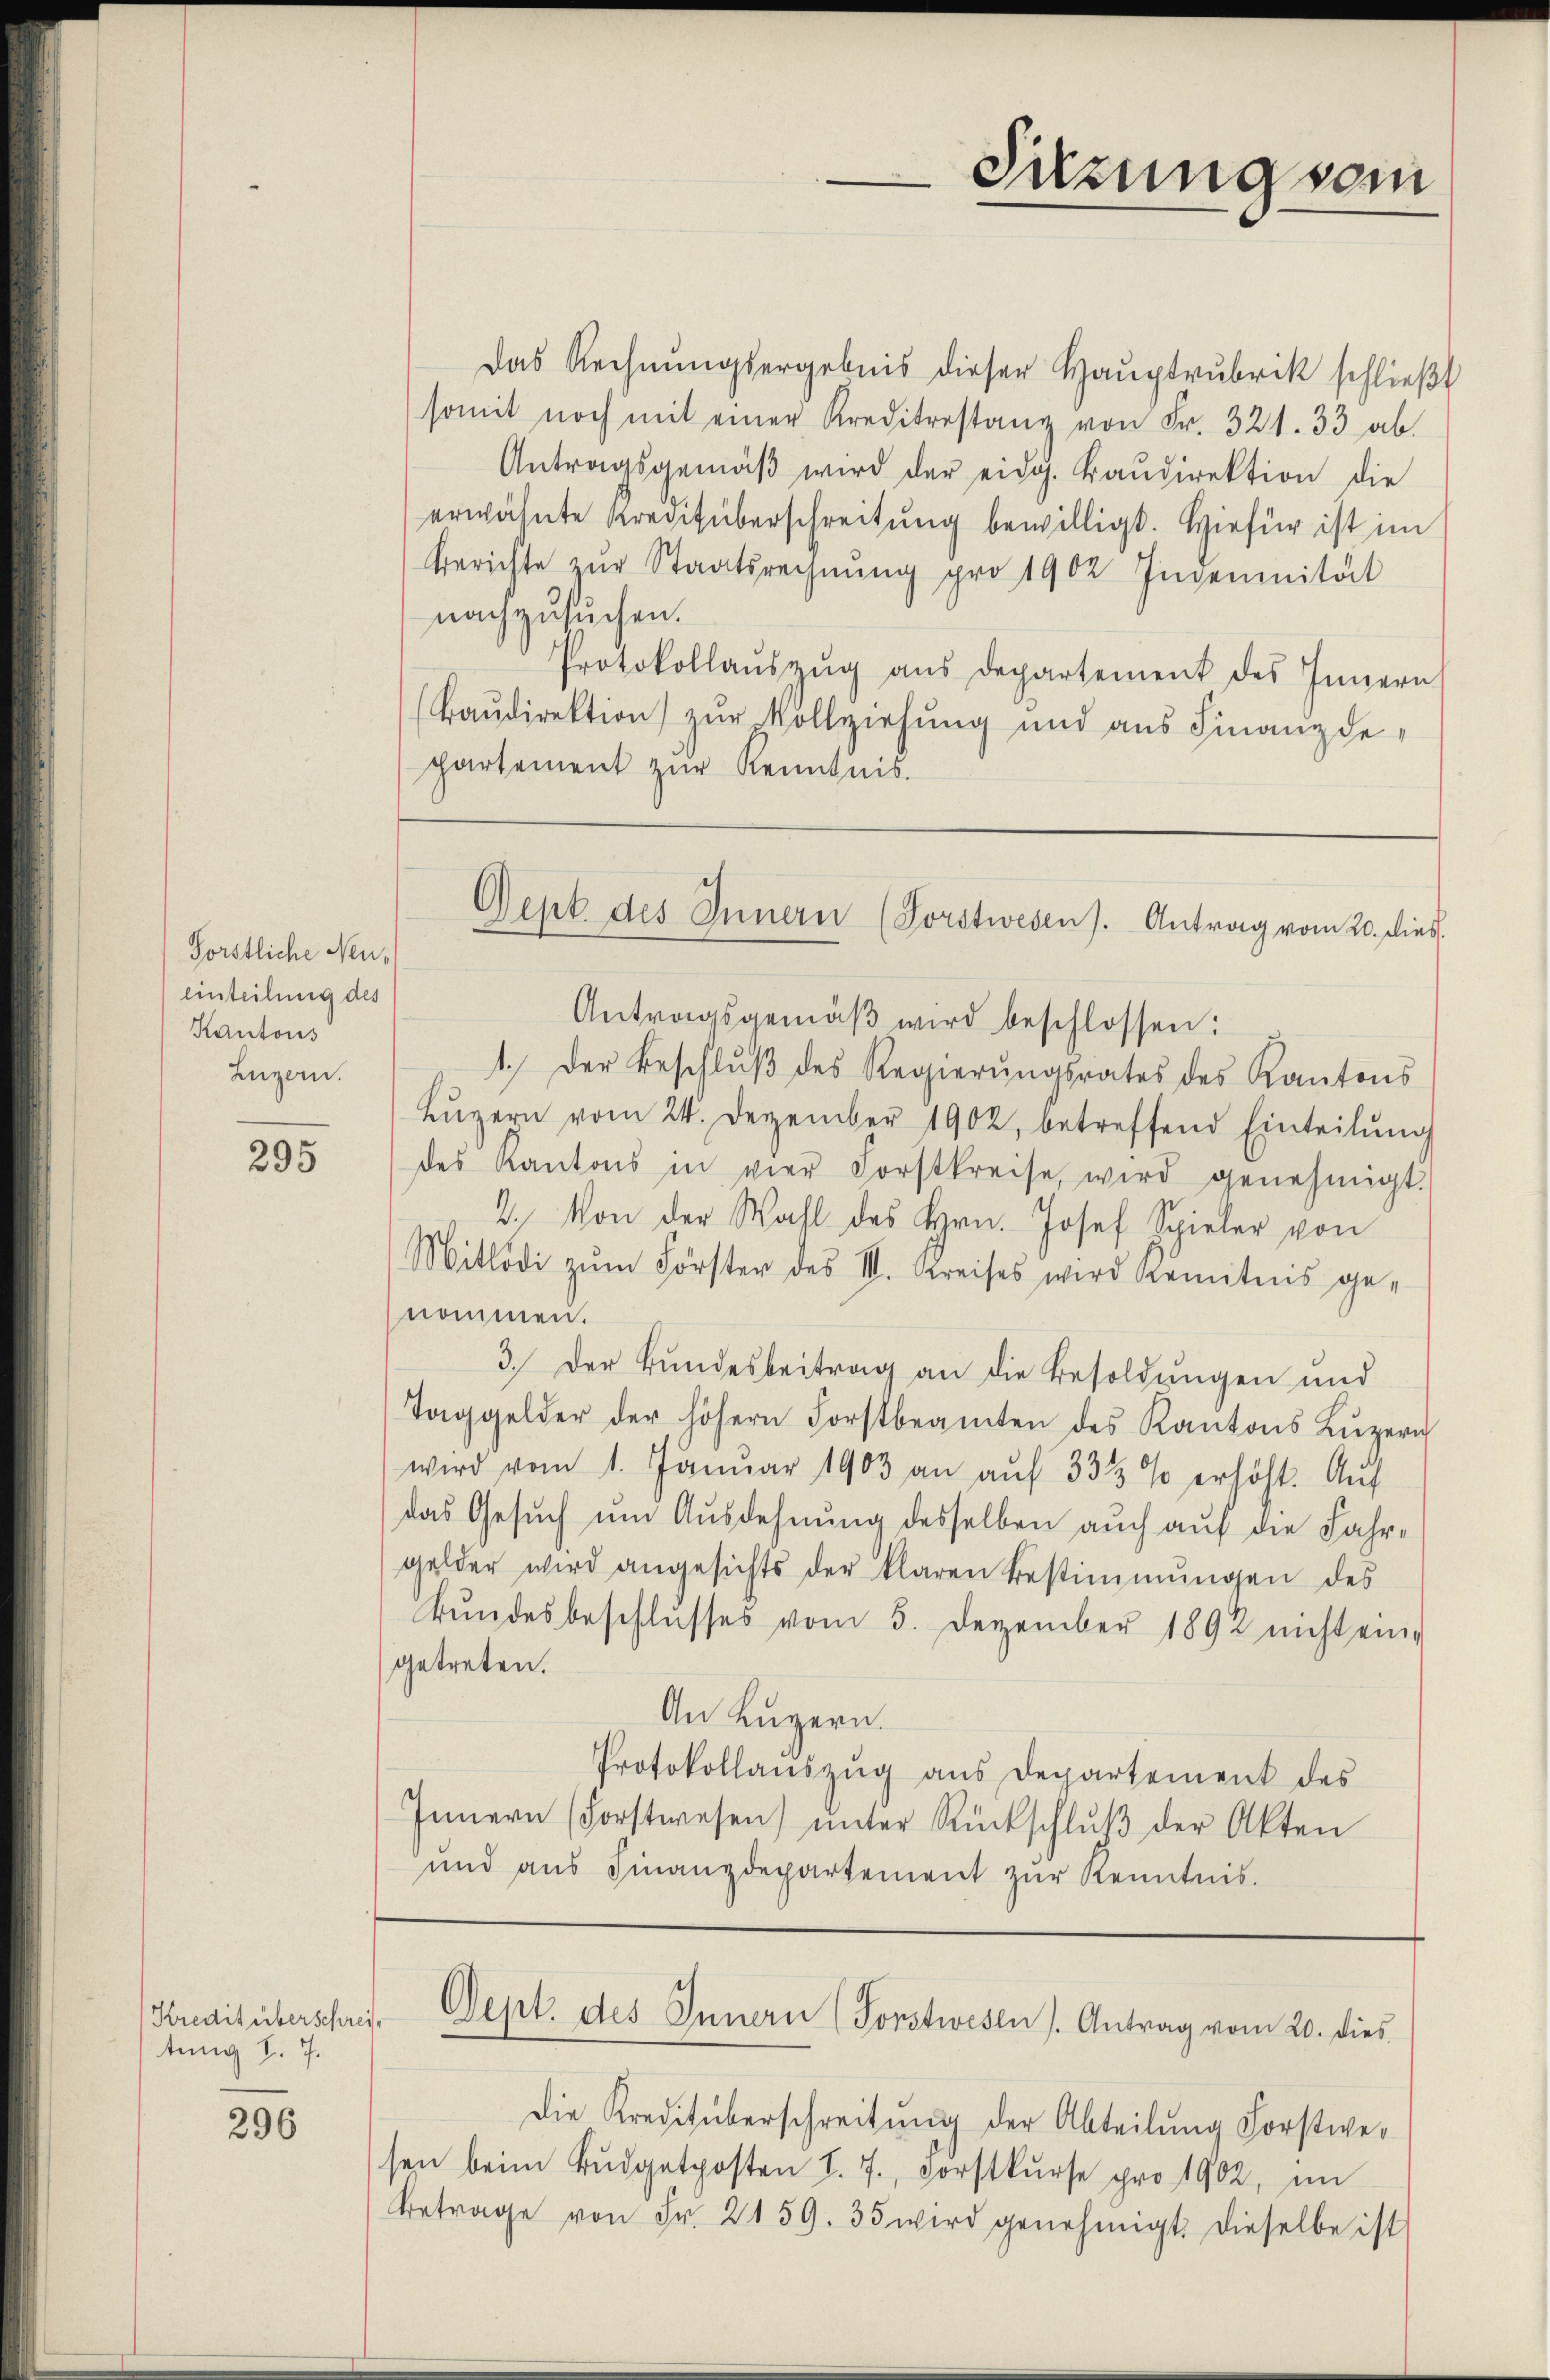
Förstliche Neueinteilung des
Kantons
Luzern.

295

Kredit überschreitung d. 7.

296

Das Rechnungsergebnis dieser Hauptrubrik schließt
somit noch mit einer Kreditestanz von Fr. 321. 33 ab
Antragsgemäβ wird der eidg. Baŭdirektion die
erwähnte Kreditüberschreitung bewilligt. Hiefür ist im
berichte zŭr Staatsrechnŭng pro 1902 Indemnität
nachzusuchen.
Protokollaŭszŭg aŭs departement des Innern
(Baŭdirektion zŭr Vollziehung und aus Finanzdepartement zur Kenntnis.

Sitzung vom

Dept. des Innern (Forstwesen). Antrag vom 20. dies

Antragsgemäβ wird beschlossen:
1. Der Beschlŭβ des Regierŭngsrates des Kantons
Lŭzern vom 24. Dezember 1902, betreffend Einteilŭng
des Kantons in vier Forstkreise, wird genehmigt.
2. Von der Wahl des Hrn. Josef Spieler von
Mitlödi zŭm Förster des III. Kreises wird kenntnis ge-
nommen.
3. Der Bundesbeitrag an die Besoldungen und
Taggelder der höhern Forstbeamten des Kantons Lŭzern
wird vom 1. Janŭar 1903 an aŭf 333 % erhöht. Aŭf
das Gesŭch um Ausdehnung desselben auch auf die Fahr-
gelder wird angesichts der klaren Bestimmungen des
Bŭndesbeschlŭsses vom 5. Dezember 1892 nicht ein-
getreten.
An Luzern.
Protokollanszŭg ans Departement des
Innern (Forstwesen ŭnter Rückschlŭβ der Akten
und aŭs Finanzdepartement zŭr Kenntnis.

Sept. des Innern (Forstwesen). Antrag vom 20. dies

die Kreditüberschreitung der Abteilung Forstwesen beim Bŭdgetposten I. 7, vorstkŭrse pro 1902, im
Betrage von Fr. 2159. 35 wird genehmigt. Dieselbe ist